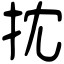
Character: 抌